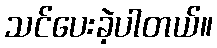
သင်ပေးခဲ့ပါတယ်။